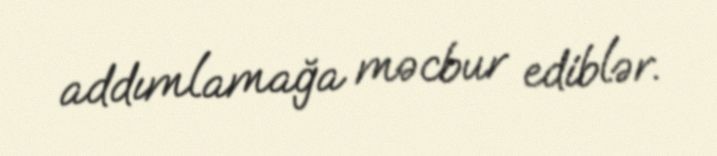
addımlamağa məcbur ediblər.